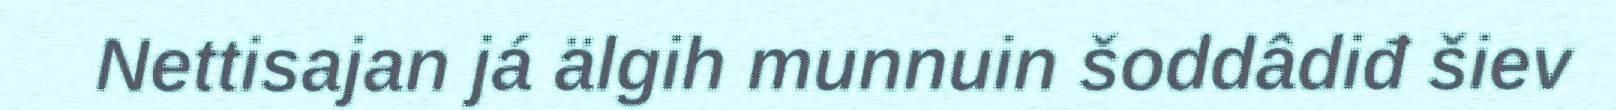
Nettisajan já älgih munnuin šoddâdiđ šiev